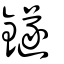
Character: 鐩